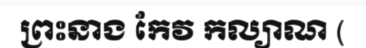
ព្រះនាង កែវ កល្យាណ (